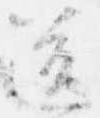
送